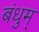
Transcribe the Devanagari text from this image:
बंधुम्